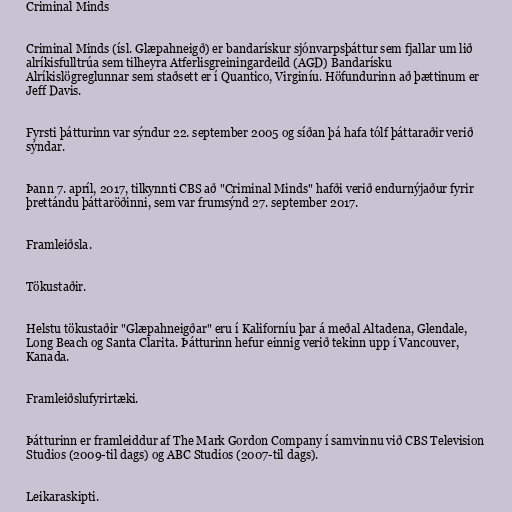
Criminal Minds

Criminal Minds (ísl. Glæpahneigð) er bandarískur sjónvarpsþáttur sem fjallar um lið
alríkisfulltrúa sem tilheyra Atferlisgreiningardeild (AGD) Bandarísku
Alríkislögreglunnar sem staðsett er í Quantico, Virginíu. Höfundurinn að þættinum er
Jeff Davis.

Fyrsti þátturinn var sýndur 22. september 2005 og síðan þá hafa tólf þáttaraðir verið
sýndar.

Þann 7. apríl, 2017, tilkynnti CBS að "Criminal Minds" hafði verið endurnýjaður fyrir
þrettándu þáttaröðinni, sem var frumsýnd 27. september 2017.

Framleiðsla.

Tökustaðir.

Helstu tökustaðir "Glæpahneigðar" eru í Kaliforníu þar á meðal Altadena, Glendale,
Long Beach og Santa Clarita. Þátturinn hefur einnig verið tekinn upp í Vancouver,
Kanada.

Framleiðslufyrirtæki.

Þátturinn er framleiddur af The Mark Gordon Company í samvinnu við CBS Television
Studios (2009-til dags) og ABC Studios (2007-til dags).

Leikaraskipti.